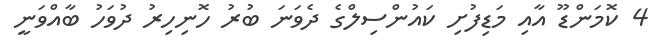
4 ކޮމަންޑޫ އާއި މަޑިފުށި ކައުންސިލްގެ ދެވަނަ ބުރު ހޮނިހިރު ދުވަހު ބާއްވަނީ